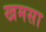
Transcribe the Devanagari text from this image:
खमसा